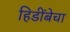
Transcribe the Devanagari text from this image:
हिडींबेचा